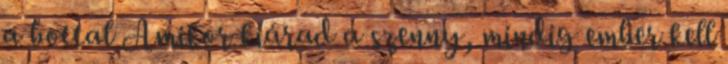
a bottal Amikor kiárad a szenny, mindig ember kell